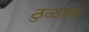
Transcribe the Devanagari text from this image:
ठुळाफ